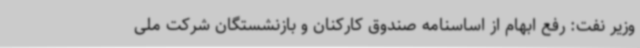
وزیر نفت: رفع ابهام از اساسنامه صندوق کارکنان و بازنشستگان شرکت ملی